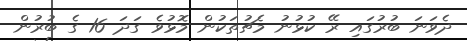
ދެވަނަ ބުރުގައި ރޭ ކުޅުނު މެޗުތަކުން މޮޅުވެ ގަދަ 16 ގެ ބުރުން